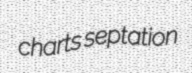
charts septation